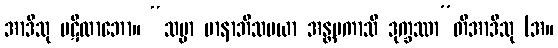
အာဒီသု ပဋိလာဘော။ “သမ္မာ မာနာဘိသမယာ အန္တမကာသိ ဒုက္ခဿာ”တိအာဒီသု (အ။